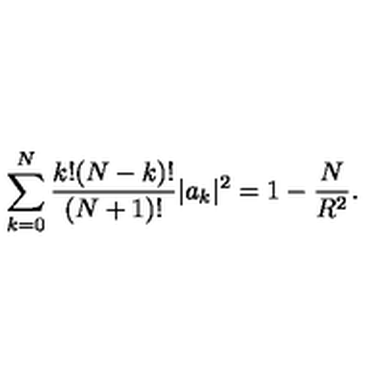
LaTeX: \sum _ { k = 0 } ^ { N } \frac { k ! ( N - k ) ! } { ( N + 1 ) ! } | a _ { k } | ^ { 2 } = 1 - \frac { N } { R ^ { 2 } } .